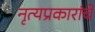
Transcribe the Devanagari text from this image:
नृत्यप्रकारांचे